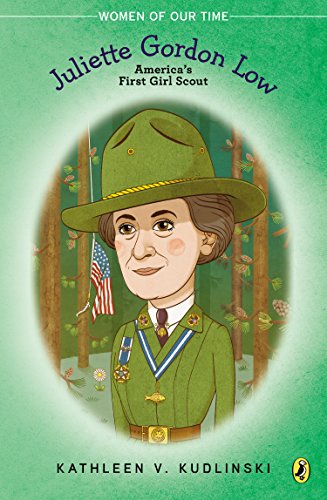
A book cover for Juliette Gordon Low (Women of Our Time); Kathleen V. Kudlinski; Children's Books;